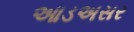
આડઅસર